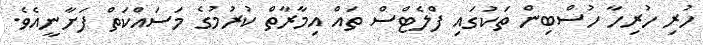
ހުރި ހުރިހާ ހުސްބިން ތަކުގައި ފްލެޓްސް ތައް އިމާރާތް ކުރުމުގެ މަސައްކަތް ފަށާނީއެވެ.